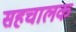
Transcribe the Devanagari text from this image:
सहचालक